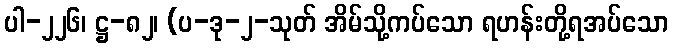
ပါ-၂၂၆၊ ဋ္ဌ-၈၂၊ (ပ-ဒု-၂-သုတ် အိမ်သို့ကပ်သော ရဟန်းတို့ရအပ်သော